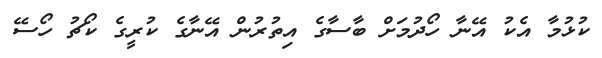
ކުޅުމާ އެކު އޭނާ ހޯދުމަށް ބާސާގެ އިތުރުން އޭނާގެ ކުރީގެ ކޯޗު ހޯސޭ